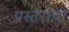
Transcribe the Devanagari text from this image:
प्रस्तराची